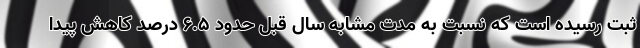
ثبت رسیده است که نسبت به مدت مشابه سال قبل حدود ۶.۵ درصد کاهش پیدا